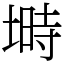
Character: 塒